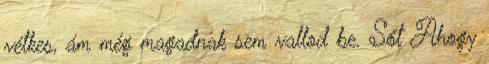
vétkes, ám még magadnak sem vallod be. Sőt Ahogy